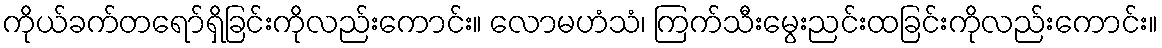
ကိုယ်ခက်တရော်ရှိခြင်းကိုလည်းကောင်း။ လောမဟံသံ၊ ကြက်သီးမွေးညင်းထခြင်းကိုလည်းကောင်း။